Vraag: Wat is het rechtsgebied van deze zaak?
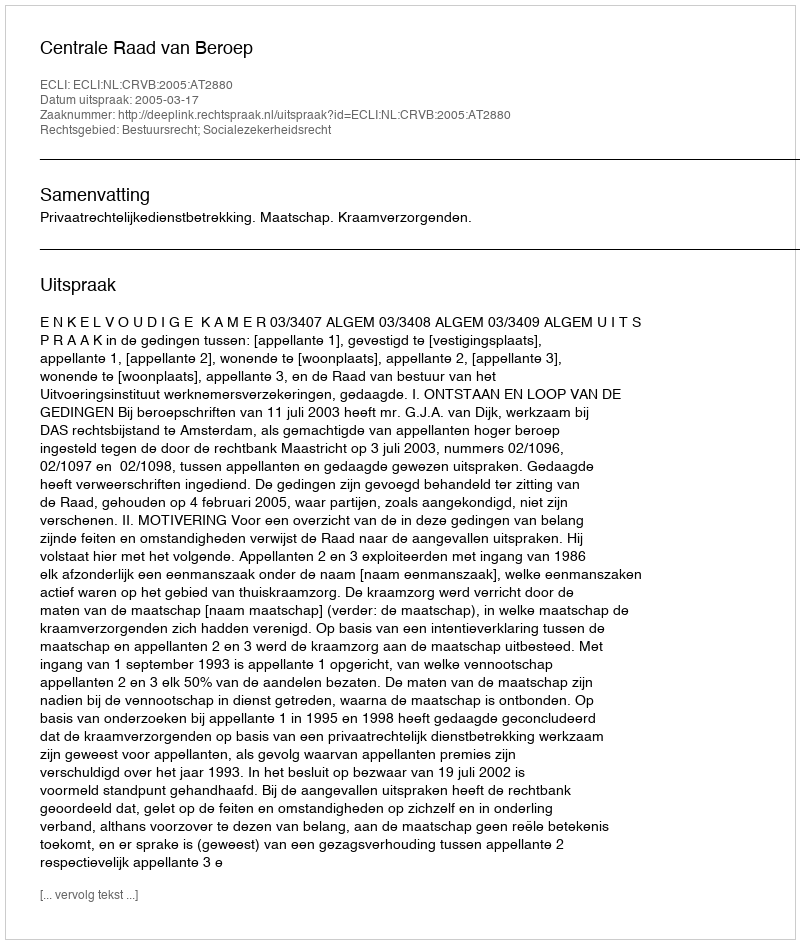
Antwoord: Bestuursrecht; Socialezekerheidsrecht